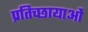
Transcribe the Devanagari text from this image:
प्रतिच्छायाओं